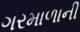
ગરમાળાની